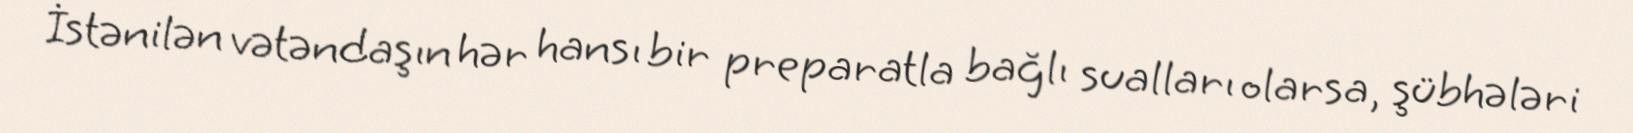
İstənilən vətəndaşın hər hansı bir preparatla bağlı sualları olarsa, şübhələri